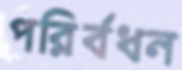
পরির্বধন